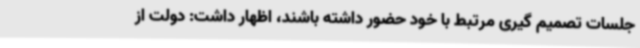
جلسات تصمیم گیری مرتبط با خود حضور داشته باشند، اظهار داشت: دولت از